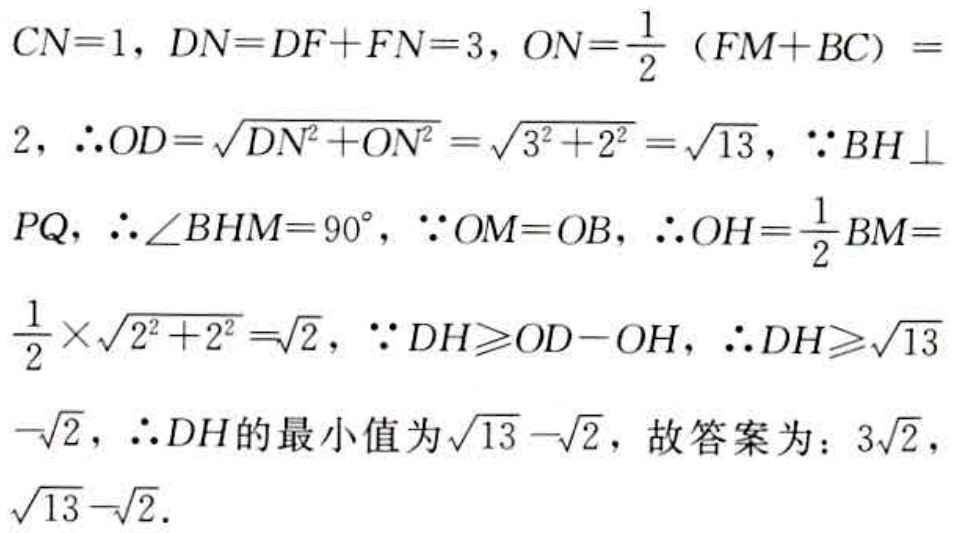
$CN = 1, DN = DF + FN = 3, ON=\frac{1}{2}(FM + BC)=2, \therefore OD = \sqrt{DN^{2}+ON^{2}}=\sqrt{3^{2}+2^{2}}=\sqrt{13}, \because BH\perp PQ, \therefore \angle BHM = 90^{\circ}, \because OM = OB, \therefore OH=\frac{1}{2}BM=\frac{1}{2}\times\sqrt{2^{2}+2^{2}}=\sqrt{2}, \because DH\geqslant OD - OH, \therefore DH\geqslant\sqrt{13}-\sqrt{2}, \therefore DH的最小值为\sqrt{13}-\sqrt{2}, 故答案为：3\sqrt{2}, \sqrt{13}-\sqrt{2}.$